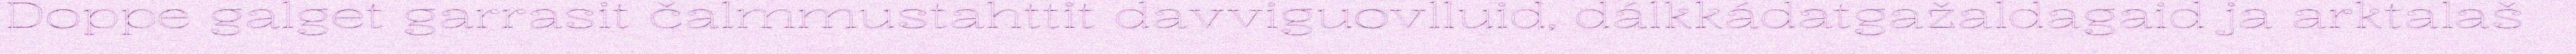
Doppe galget garrasit čalmmustahttit davviguovlluid, dálkkádatgažaldagaid ja arktalaš